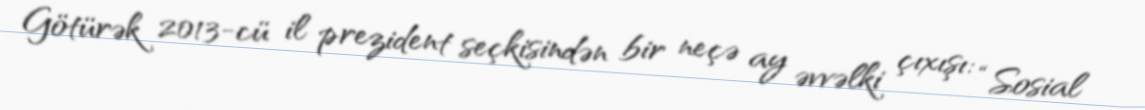
Götürək 2013-cü il prezident seçkisindən bir neçə ay əvvəlki çıxışı: “Sosial